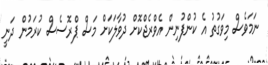
ނަމަވެސް މިވަގުތު އެ ކުންފުނިން އެވްރެޖްކޮށް ދުވާލަކަށް މަސް ޕްރޮސެސް ކުރަމުން ދަނީ